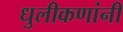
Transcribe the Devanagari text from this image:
धुलीकणांनी